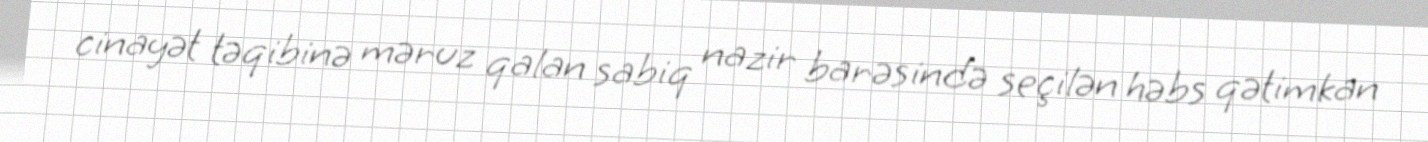
cinayət təqibinə məruz qalan sabiq nazir barəsində seçilən həbs qətimkan